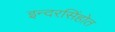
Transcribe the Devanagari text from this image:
इन्दरसिंहोत